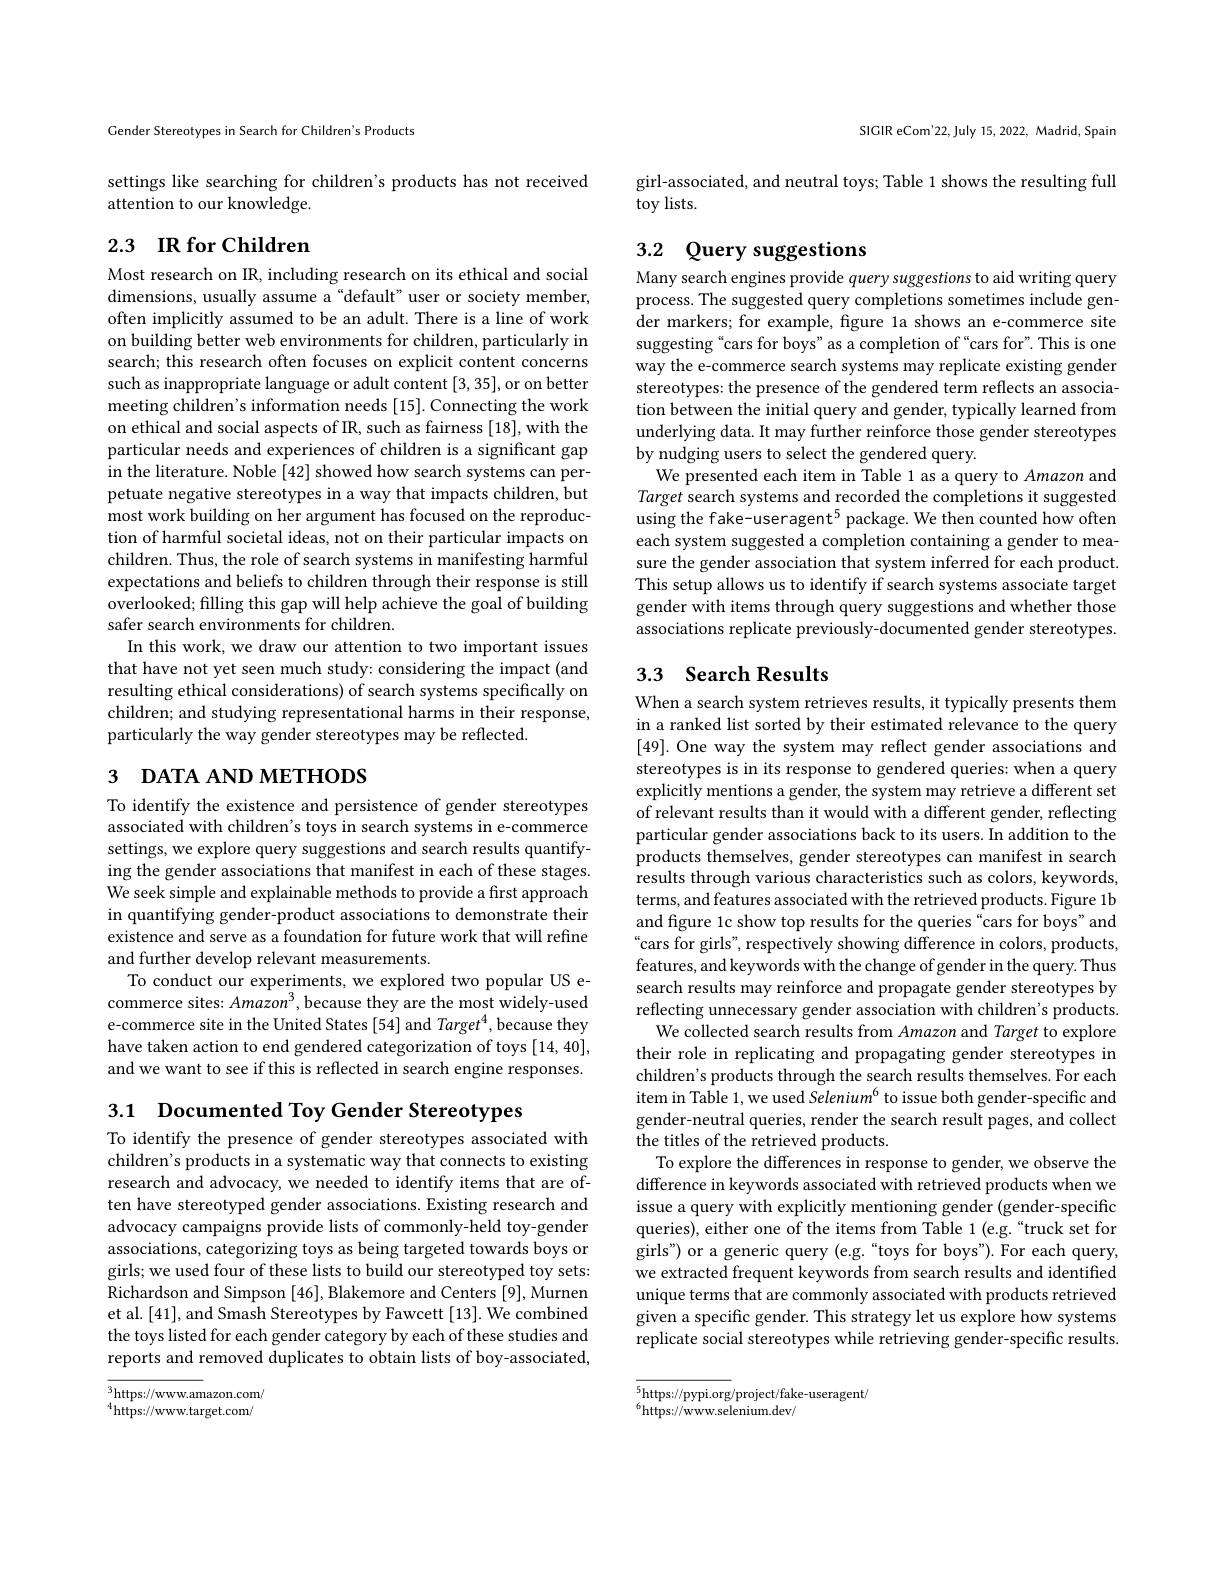
Gender Stereotypes in Search for Children's Products

settings like searching for children's products has not received
attention to our knowledge.

## 2.3 $\textbf{IR for Children}$

Most research on IR, including research on its ethical and social dimensions, usually assume a“default”user or society member, often implicitly assumed to be an adult. There is a line of work on building better web environments for children, particularly in search; this research often focuses on explicit content concerns such as inappropriate language or adult content [3, 35], or on better meeting children's information needs [15]. Connecting the work on ethical and social aspects of IR, such as fairness [18], with the particular needs and experiences of children is a significant gap in the literature. Noble [42] showed how search systems can perpetuate negative stereotypes in a way that impacts children, but most work building on her argument has focused on the reproduction of harmful societal ideas, not on their particular impacts on children. Thus, the role of search systems in manifesting harmful expectations and beliefs to children through their response is still $\underset{c}{\operatorname*{\text{overlooked; filling this gap will help achieve the goal of building}}}$ safer search environments for children.
In this work, we draw our attention to two important issues that have not yet seen much study: considering the impact (and resulting ethical considerations) of search systems specifically on children; and studying representational harms in their response, particularly the way gender stereotypes may be reflected.

# 3 DATA AND METHODS

To identify the existence and persistence of gender stereotypes associated with children's toys in search systems in e-commerce settings, we explore query suggestions and search results quantifying the gender associations that manifest in each of these stages. We seek simple and explainable methods to provide a first approach in quantifying gender-product associations to demonstrate their existence and serve as a foundation for future work that will refine and further develop relevant measurements.
To conduct our experiments, we explored two popular US ecommerce sites: $Amazon^3$, because they are the most widely-used e-commerce site in the United States [54] and Target$^{4}$, because they have taken action to end gendered categorization of toys [14, 40], and we want to see if this is reflected in search engine responses.

3.1 Documented Toy Gender Stereotypes

To identify the presence of gender stereotypes associated with children's products in a systematic way that connects to existing research and advocacy, we needed to identify items that are often have stereotyped gender associations. Existing research and advocacy campaigns provide lists of commonly-held toy-gender associations, categorizing toys as being targeted towards boys or girls; we used four of these lists to build our stereotyped toy sets: Richardson and Simpson [46], Blakemore and Centers [9], Murnen et al. [41], and Smash Stereotypes by Fawcett [13]. We combined the toys listed for each gender category by each of these studies and reports and removed duplicates to obtain lists of boy-associated,

${\overline{^3}\mathrm{https://www.am}}$azon.com/ $^{4}$https://www.target.com/

SIGIR eCom'22, July 15, 2022, Madrid, Spain

girl-associated, and neutral toys; Table 1 shows the resulting full
toy lists.

## 3.2 Query suggestions

Many search engines provide query suggestions to aid writing query process. The suggested query completions sometimes include gender markers; for example, figure 1a shows an e-commerce site suggesting“cars for boys”as a completion of“cars for”. This is one way the e-commerce search systems may replicate existing gender stereotypes: the presence of the gendered term reflects an association between the initial query and gender, typically learned from underlying data. It may further reinforce those gender stereotypes by nudging users to select the gendered query.
We presented each item in Table 1 as a query to Amazon and Target search systems and recorded the completions it suggested using the fake-useragent$^5$ package. We then counted how often each system suggested a completion containing a gender to measure the gender association that system inferred for each product. This setup allows us to identify if search systems associate target gender with items through query suggestions and whether those associations replicate previously-documented gender stereotypes.

## 3.3 Search Results

When a search system retrieves results, it typically presents them in a ranked list sorted by their estimated relevance to the query [49]. One way the system may reflect gender associations and stereotypes is in its response to gendered queries: when a query explicitly mentions a gender, the system may retrieve a different set of relevant results than it would with a different gender, reflecting particular gender associations back to its users. In addition to the products themselves, gender stereotypes can manifest in search results through various characteristics such as colors, keywords, terms, and features associated with the retrieved products. Figure 1b and figure 1c show top results for the queries "cars for boys" and “cars for girls”, respectively showing difference in colors, products, features, and keywords with the change of gender in the query. Thus search results may reinforce and propagate gender stereotypes by reflecting unnecessary gender association with children's products.
We collected search results from Amazon and Target to explore their role in replicating and propagating gender stereotypes in children's products through the search results themselves. For each item in Table 1, we used Selenium$^6$ to issue both gender-specific and gender-neutral queries, render the search result pages, and collect ${\mathrm{~the~titles~of~the~retrieved~products.}}$
To explore the differences in response to gender, we observe the difference in keywords associated with retrieved products when we issue a query with explicitly mentioning gender (gender-specific queries), either one of the items from Table 1 (e.g.“truck set for girls") or a generic query (e.g.“toys for boys”). For each query, we extracted frequent keywords from search results and identified unique terms that are commonly associated with products retrieved given a specific gender. This strategy let us explore how systems replicate social stereotypes while retrieving gender-specific results.

${\sqrt{5\text{https://pypi.org}}/\text{project/fake-useragent/}}$ ${6\text{Ling }//(-1)}$
$^{6}$https://www.selenium.dev/